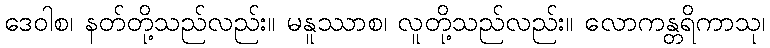
ဒေဝါစ၊ နတ်တို့သည်လည်း။ မနူဿာစ၊ လူတို့သည်လည်း။ လောကန္တရိကာသု၊